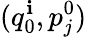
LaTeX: (q_{0}^{\mathbf{i}},p_{j}^{0})